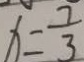
x = \frac { 7 } { 3 }